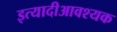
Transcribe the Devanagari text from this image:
इत्यादीआवश्यक